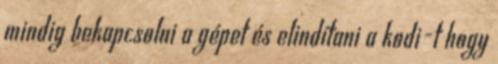
mindig bekapcsolni a gépet és elindítani a kodi-t hogy